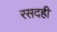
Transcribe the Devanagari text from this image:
रसदही